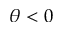
\theta < 0